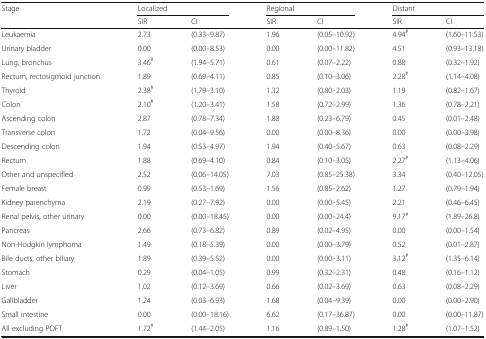
<table><thead><tr><td rowspan="2"><b>Stage</b></td><td colspan="2"><b>Localized</b></td><td colspan="2"><b>Regional</b></td><td colspan="2"><b>Distant</b></td></tr><tr><td><b>SIR</b></td><td><b>CI</b></td><td><b>SIR</b></td><td><b>CI</b></td><td><b>SIR</b></td><td><b>CI</b></td></tr></thead><tbody><tr><td>Leukaemia</td><td>2.73</td><td>(0.33–9.87)</td><td>1.96</td><td>(0.05–10.92)</td><td>4.94<sup>#</sup></td><td>(1.60–11.53)</td></tr><tr><td>Urinary bladder</td><td>0.00</td><td>(0.00–8.53)</td><td>0.00</td><td>(0.00–11.82)</td><td>4.51</td><td>(0.93–13.18)</td></tr><tr><td>Lung, bronchus</td><td>3.46<sup>#</sup></td><td>(1.94–5.71)</td><td>0.61</td><td>(0.07–2.22)</td><td>0.88</td><td>(0.32–1.92)</td></tr><tr><td>Rectum, rectosigmoid junction</td><td>1.89</td><td>(0.69–4.11)</td><td>0.85</td><td>(0.10–3.06)</td><td>2.28<sup>#</sup></td><td>(1.14–4.08)</td></tr><tr><td>Thyroid</td><td>2.38<sup>#</sup></td><td>(1.79–3.10)</td><td>1.32</td><td>(0.80–2.03)</td><td>1.19</td><td>(0.82–1.67)</td></tr><tr><td>Colon</td><td>2.10<sup>#</sup></td><td>(1.20–3.41)</td><td>1.58</td><td>(0.72–2.99)</td><td>1.36</td><td>(0.78–2.21)</td></tr><tr><td>Ascending colon</td><td>2.87</td><td>(0.78–7.34)</td><td>1.88</td><td>(0.23–6.79)</td><td>0.45</td><td>(0.01–2.48)</td></tr><tr><td>Transverse colon</td><td>1.72</td><td>(0.04–9.56)</td><td>0.00</td><td>(0.00–8.36)</td><td>0.00</td><td>(0.00–3.98)</td></tr><tr><td>Descending colon</td><td>1.94</td><td>(0.53–4.97)</td><td>1.94</td><td>(0.40–5.67)</td><td>0.63</td><td>(0.08–2.29)</td></tr><tr><td>Rectum</td><td>1.88</td><td>(0.69–4.10)</td><td>0.84</td><td>(0.10–3.05)</td><td>2.27<sup>#</sup></td><td>(1.13–4.06)</td></tr><tr><td>Other and unspecified</td><td>2.52</td><td>(0.06–14.05)</td><td>7.03</td><td>(0.85–25.38)</td><td>3.34</td><td>(0.40–12.05)</td></tr><tr><td>Female breast</td><td>0.99</td><td>(0.53–1.69)</td><td>1.56</td><td>(0.85–2.62)</td><td>1.27</td><td>(0.79–1.94)</td></tr><tr><td>Kidney parenchyma</td><td>2.19</td><td>(0.27–7.92)</td><td>0.00</td><td>(0.00–5.45)</td><td>2.21</td><td>(0.46–6.45)</td></tr><tr><td>Renal pelvis, other urinary</td><td>0.00</td><td>(0.00–18.45)</td><td>0.00</td><td>(0.00–24.4)</td><td>9.17<sup>#</sup></td><td>(1.89–26.8)</td></tr><tr><td>Pancreas</td><td>2.66</td><td>(0.73–6.82)</td><td>0.89</td><td>(0.02–4.95)</td><td>0.00</td><td>(0.00–1.54)</td></tr><tr><td>Non-Hodgkin lymphoma</td><td>1.49</td><td>(0.18–5.39)</td><td>0.00</td><td>(0.00–3.79)</td><td>0.52</td><td>(0.01–2.87)</td></tr><tr><td>Bile ducts, other biliary</td><td>1.89</td><td>(0.39–5.52)</td><td>0.00</td><td>(0.00–3.11)</td><td>3.12<sup>#</sup></td><td>(1.35–6.14)</td></tr><tr><td>Stomach</td><td>0.29</td><td>(0.04–1.05)</td><td>0.99</td><td>(0.32–2.31)</td><td>0.48</td><td>(0.16–1.12)</td></tr><tr><td>Liver</td><td>1.02</td><td>(0.12–3.69)</td><td>0.66</td><td>(0.02–3.69)</td><td>0.63</td><td>(0.08–2.29)</td></tr><tr><td>Gallbladder</td><td>1.24</td><td>(0.03–6.93)</td><td>1.68</td><td>(0.04–9.39)</td><td>0.00</td><td>(0.00–2.90)</td></tr><tr><td>Small intestine</td><td>0.00</td><td>(0.00–18.16)</td><td>6.62</td><td>(0.17–36.87)</td><td>0.00</td><td>(0.00–11.87)</td></tr><tr><td>All excluding POFT</td><td>1.72<sup>#</sup></td><td>(1.44–2.05)</td><td>1.16</td><td>(0.89–1.50)</td><td>1.28<sup>#</sup></td><td>(1.07–1.52)</td></tr></tbody></table>